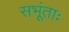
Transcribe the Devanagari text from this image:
सभूंताः